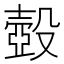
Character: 𰚈